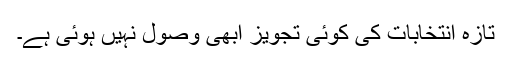
تازہ انتخابات کی کوئی تجویز ابھی وصول نہیں ہوئی ہے۔